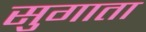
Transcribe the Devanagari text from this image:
सुगाता